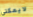
لايمكني